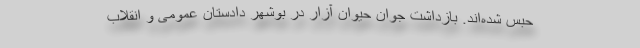
حبس شده‌اند. بازداشت جوان حیوان آزار در بوشهر دادستان عمومی و انقلاب